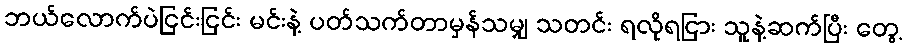
ဘယ်လောက်ပဲငြင်းငြင်း မင်းနဲ့ ပတ်သက်တာမှန်သမျှ သတင်း ရလိုရငြား သူနဲ့ဆက်ပြီး တွေ့